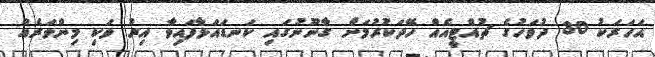
އަހަރަކު 30 ދުވަހުގެ ޗުއްޓީއެއް ހޭދަކުރުމަށް ގާނޫނުގައި ކަނޑައަޅާފައިވާ އިރު ވަކި މިންވަރެއް